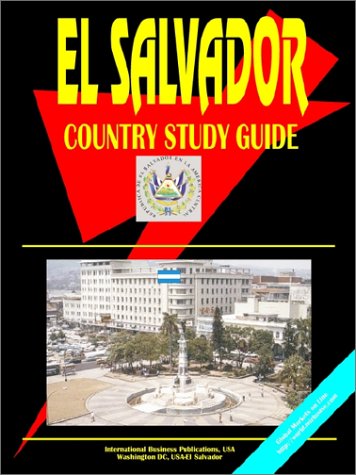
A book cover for El Salvador Country Study Guide (World Country Study Guide Library); Travel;